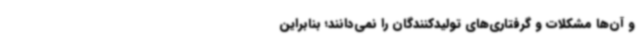
و آن‌ها مشکلات و گرفتاری‌های تولیدکنندگان را نمی‌دانند؛ بنابراین